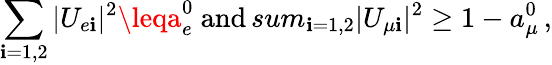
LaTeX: \sum_{\mathbf{i}=1,2}|U_{e\mathbf{i}}|^{2}\leqa_{e}^{0}\ \mathrm{{and}}\, sum_{\mathbf{i}=1,2}|U_{{\mu}\mathbf{i}}|^{2}\geq1-a_{\mu}^{0}\, ,